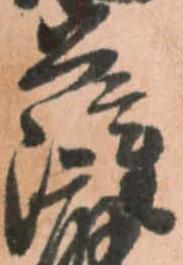
薩